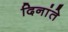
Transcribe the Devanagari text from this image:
दिनांते